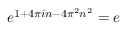
e ^ { 1 + 4 \pi i n - 4 \pi ^ { 2 } n ^ { 2 } } = e \qquad